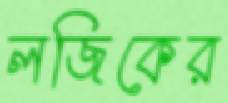
লজিকের